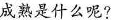
成熟是什么呢?